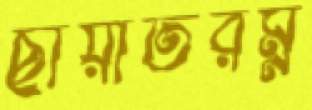
ছায়াতরম্ন